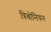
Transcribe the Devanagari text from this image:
त्रिबोनियन